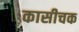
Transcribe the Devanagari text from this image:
कासीचक